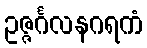
ဥဇ္ဇင်္ဂလနဂရကံ